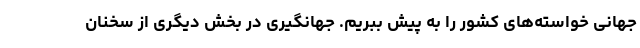
جهانی خواسته‌های کشور را به پیش ببریم. جهانگیری در بخش دیگری از سخنان